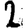
Digit: 2